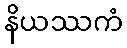
နိယဿကံ